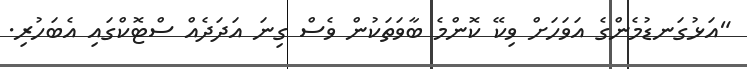
"އަޅުގަނޑުމެންގެ އަވަހަށް ވިކޭ ކޮންމެ ބާވަތަކުން ވެސް ގިނަ އަދަދެއް ސްޓޮކްގައި އެބަހުރި.